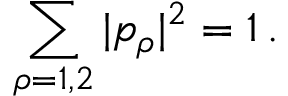
\sum _ { \rho = 1 , 2 } | p _ { \rho } | ^ { 2 } = 1 \, .